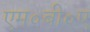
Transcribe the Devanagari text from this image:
एम०बी०ए